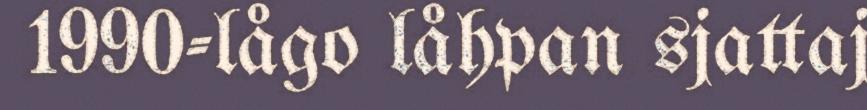
1990-lågo låhpan sjattaj